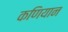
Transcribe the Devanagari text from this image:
कणियान